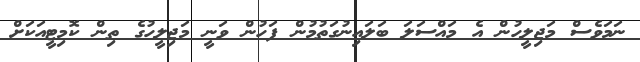
ނަމަވެސް މަޖިލީހުން އެ މައްސަލަ ބަލައިނުގަތުމުން ފަހުން ވަނީ މަޖިލީހުގެ ތިން ކޮމިޓީއަކަށް